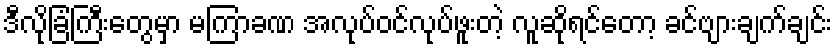
ဒီလိုခြံကြီးတွေမှာ မကြာခဏ အလုပ်ဝင်လုပ်ဖူးတဲ့ လူဆိုရင်တော့ ခင်ဗျားချက်ချင်း